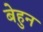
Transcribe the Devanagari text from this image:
बेहुन